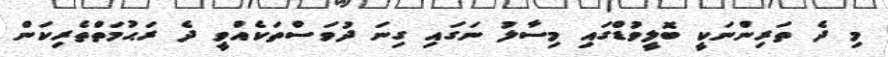
މި ދެ ތަރިންނަކީ ބޮލީވުޑްގައި މިސާލު ނަގައި ގިނަ ދުވަސްތަކެއްވީ ދެ ރަޙުމަތްތެރިކަން